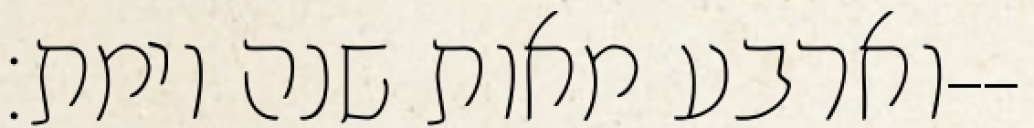
וארבע מאות שנה וימת׃--